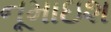
નૂમાઇશ